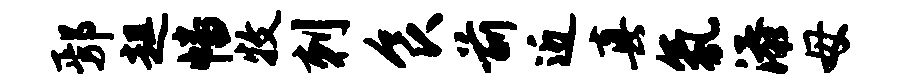
鄢趄幡牧刺食前近真氛添母